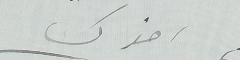
اخوك